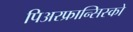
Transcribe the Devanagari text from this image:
पिअरफ्रान्सिस्को